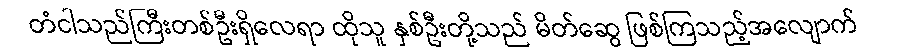
တံငါသည်ကြီးတစ်ဦးရှိလေရာ ထိုသူ နှစ်ဦးတို့သည် မိတ်ဆွေ ဖြစ်ကြသည့်အလျောက်